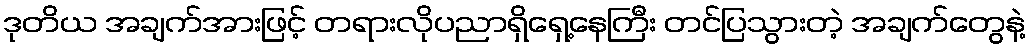
ဒုတိယ အချက်အားဖြင့် တရားလိုပညာရှိရှေ့နေကြီး တင်ပြသွားတဲ့ အချက်တွေနဲ့